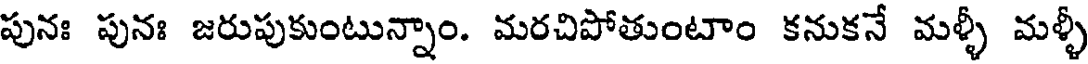
పునః పునః జరుపుకుంటున్నాం. మరచిపోతుంటాం కనుకనే మళ్ళీ మళ్ళీ